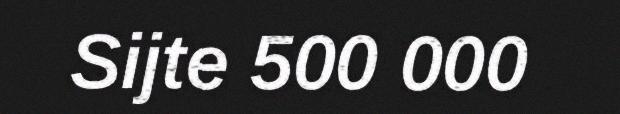
Sijte 500 000